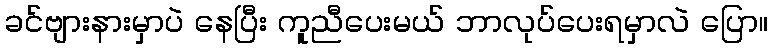
ခင်ဗျားနားမှာပဲ နေပြီး ကူညီပေးမယ် ဘာလုပ်ပေးရမှာလဲ ပြော။